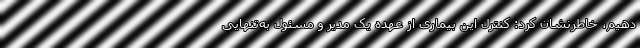
دهیم، خاطرنشان کرد: کنترل این بیماری از عهده یک مدیر و مسئول به‌تنهایی